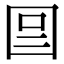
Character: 𡇉